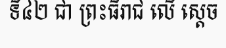
ទី៤២ ជា ព្រះធិរាជ លើ ស្តេច